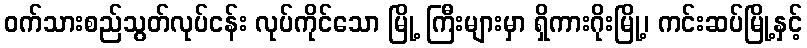
ဝက်သားစည်သွတ်လုပ်ငန်း လုပ်ကိုင်သော မြို့ ကြီးများမှာ ရှိကားဂိုးမြို့၊ ကင်းဆပ်မြို့နှင့်